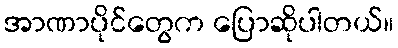
အာဏာပိုင်တွေက ပြောဆိုပါတယ်။